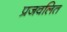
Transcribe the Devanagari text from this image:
प्रजवलित